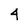
Character: 4